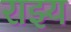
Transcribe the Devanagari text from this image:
राझ्य